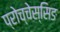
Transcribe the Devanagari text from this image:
प्रोच्चेस्सिङ